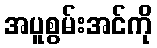
အပူစွမ်းအင်ကို